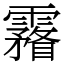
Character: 霿